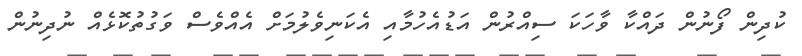
ކުދިން ފޯނުން ދައްކާ ވާހަކަ ސިއްރުން އަޑުއެހުމާއި އެކަނިވެލުމަށް އެއްވެސް ވަގުތުކޮޅެއް ނުދިނުން